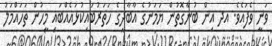
ވަނީ ވެފައެވެ. އދ އިން ބުނާގޮތުން ޔަަމަނުގެ އާބާދީގެ ހަަތަރުބައިކުޅައެއްބައި މީހުން ތަހައްމަލު